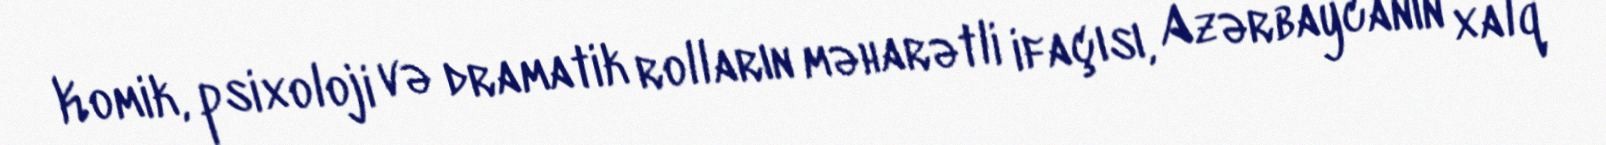
Komik, psixoloji və dramatik rolların məharətli ifaçısı, Azərbaycanın xalq